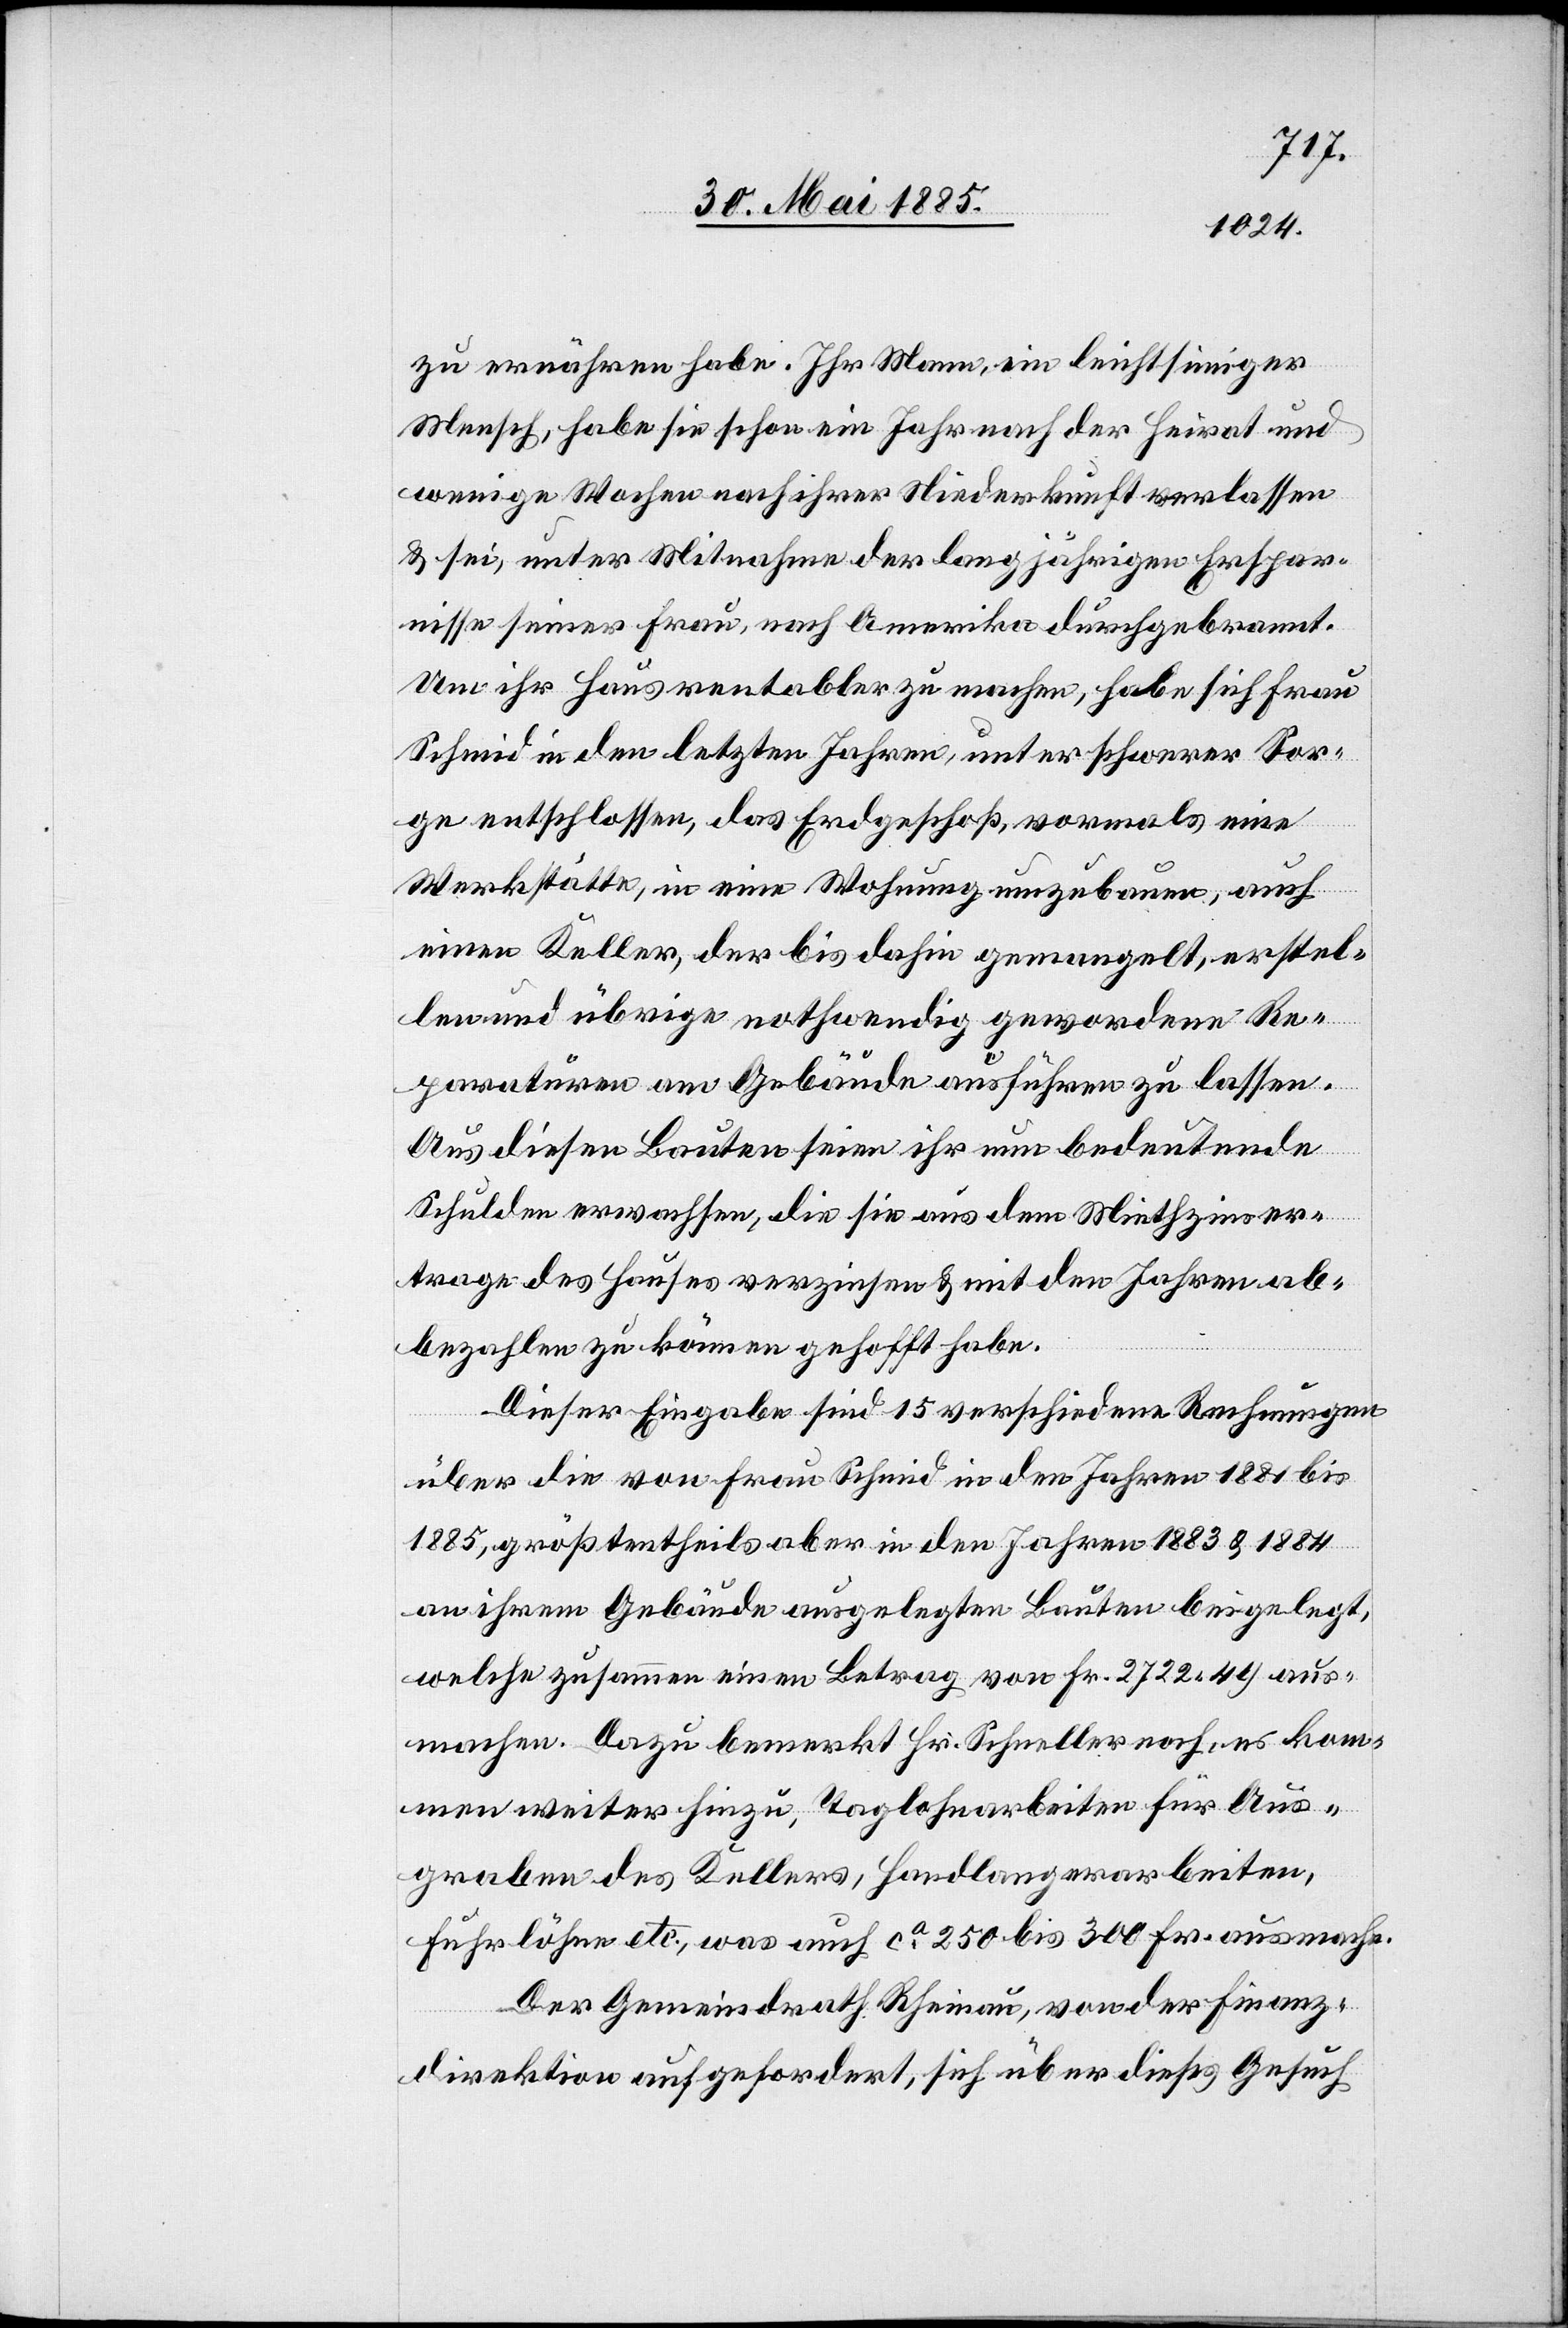
1884
zu ernähren habe. Ihr Mann, ein leichtsinniger
Mensch, habe sie schon ein Jahr nach der Heirat und
wenige Wochen nach ihrer Niederkunft verlassen
& sei, unter Mitnahme der langjährigen Erspar¬
nisse seiner Frau, nach Amerika durchgebrannt.
Um ihr Haus rentabler zu machen, habe sich Frau
Schmid in den letzten Jahren, unter schwerer Sor¬
ge entschlossen, das Erdgeschoß, vormals eine
Werkstätte, in eine Wohnung umzubauen, auch
einen Keller, der bis dahin gemangelt, erstel¬
len und übrige nothwendig gewordene Re¬
paraturen am Gebäude ausführen zu lassen.
Aus diesen Bauten seien ihr nun bedeutende
Schulden erwachsen, die sie aus dem Miethzinser¬
trage des Hauses verzinsen & mit den Jahren ab¬
bezahlen zu können gehofft habe.
Dieser Eingabe sind 15 verschiedene Rechnungen
über die von Frau Schmid in den Jahren 1883 &
an ihrem Gebäude ausgelegten Bauten beigelegt,
welche zusammen einen Betrag von Fr. 2722 49 aus¬
machen. Dazu bemerkt Hr. Schneller noch, es kom¬
men weitere hinzu, Taglohnarbeiten für Aus¬
gaben des Kellers, Handlangerarbeiten,
Fuhrlöhne etc., was auch ca 250 bis 300 Fr. ausmache.
Der Gemeindrath Rheinau, von der Finanz¬
direktion aufgefordert, sich über dieses Gesuch